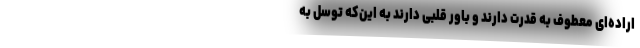
اراده‌ای معطوف به قدرت دارند و باور قلبی دارند به این‌که توسل به